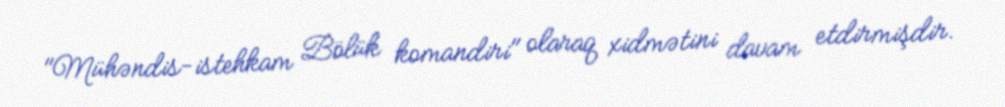
"Mühəndis-istehkam Bölük komandiri" olaraq xidmətini davam etdirmişdir.